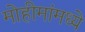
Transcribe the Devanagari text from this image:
मोहीमांमध्ये